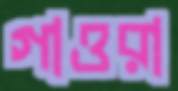
গাওরা